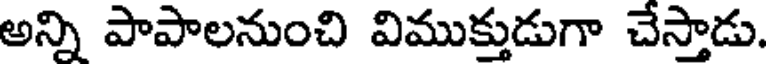
అన్ని పాపాలనుంచి విముక్తుడుగా చేస్తాడు.